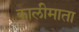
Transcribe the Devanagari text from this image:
कालीमाता